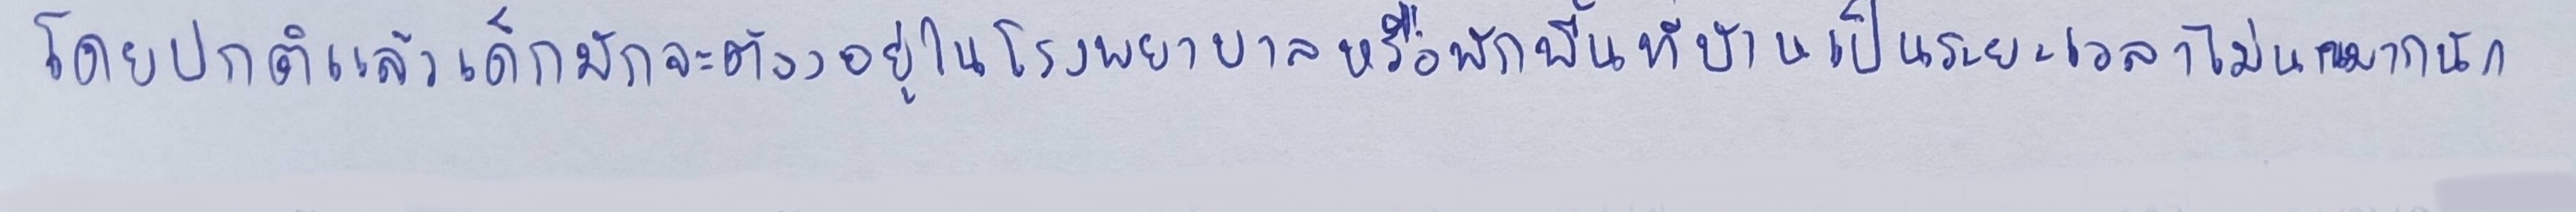
โดยปกติแล้วเด็กมักจะต้องอยู่ในโรงพยาบาลหรือที่พักฟื้นที่บ้านเป็นระยะเวลาไม่นานมากนัก